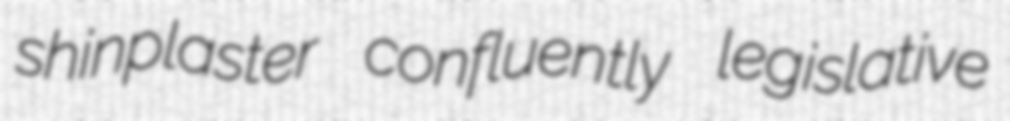
shinplaster confluently legislative